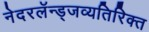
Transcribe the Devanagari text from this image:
नेदरलॅन्ड्जव्यतिरिक्त